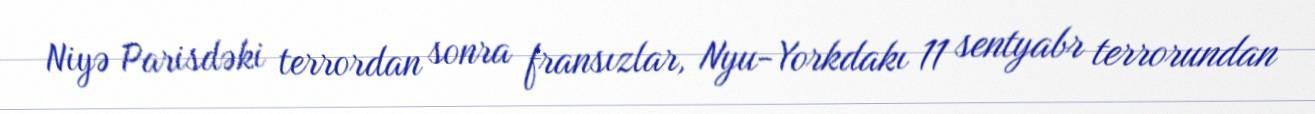
Niyə Parisdəki terrordan sonra fransızlar, Nyu-Yorkdakı 11 sentyabr terrorundan